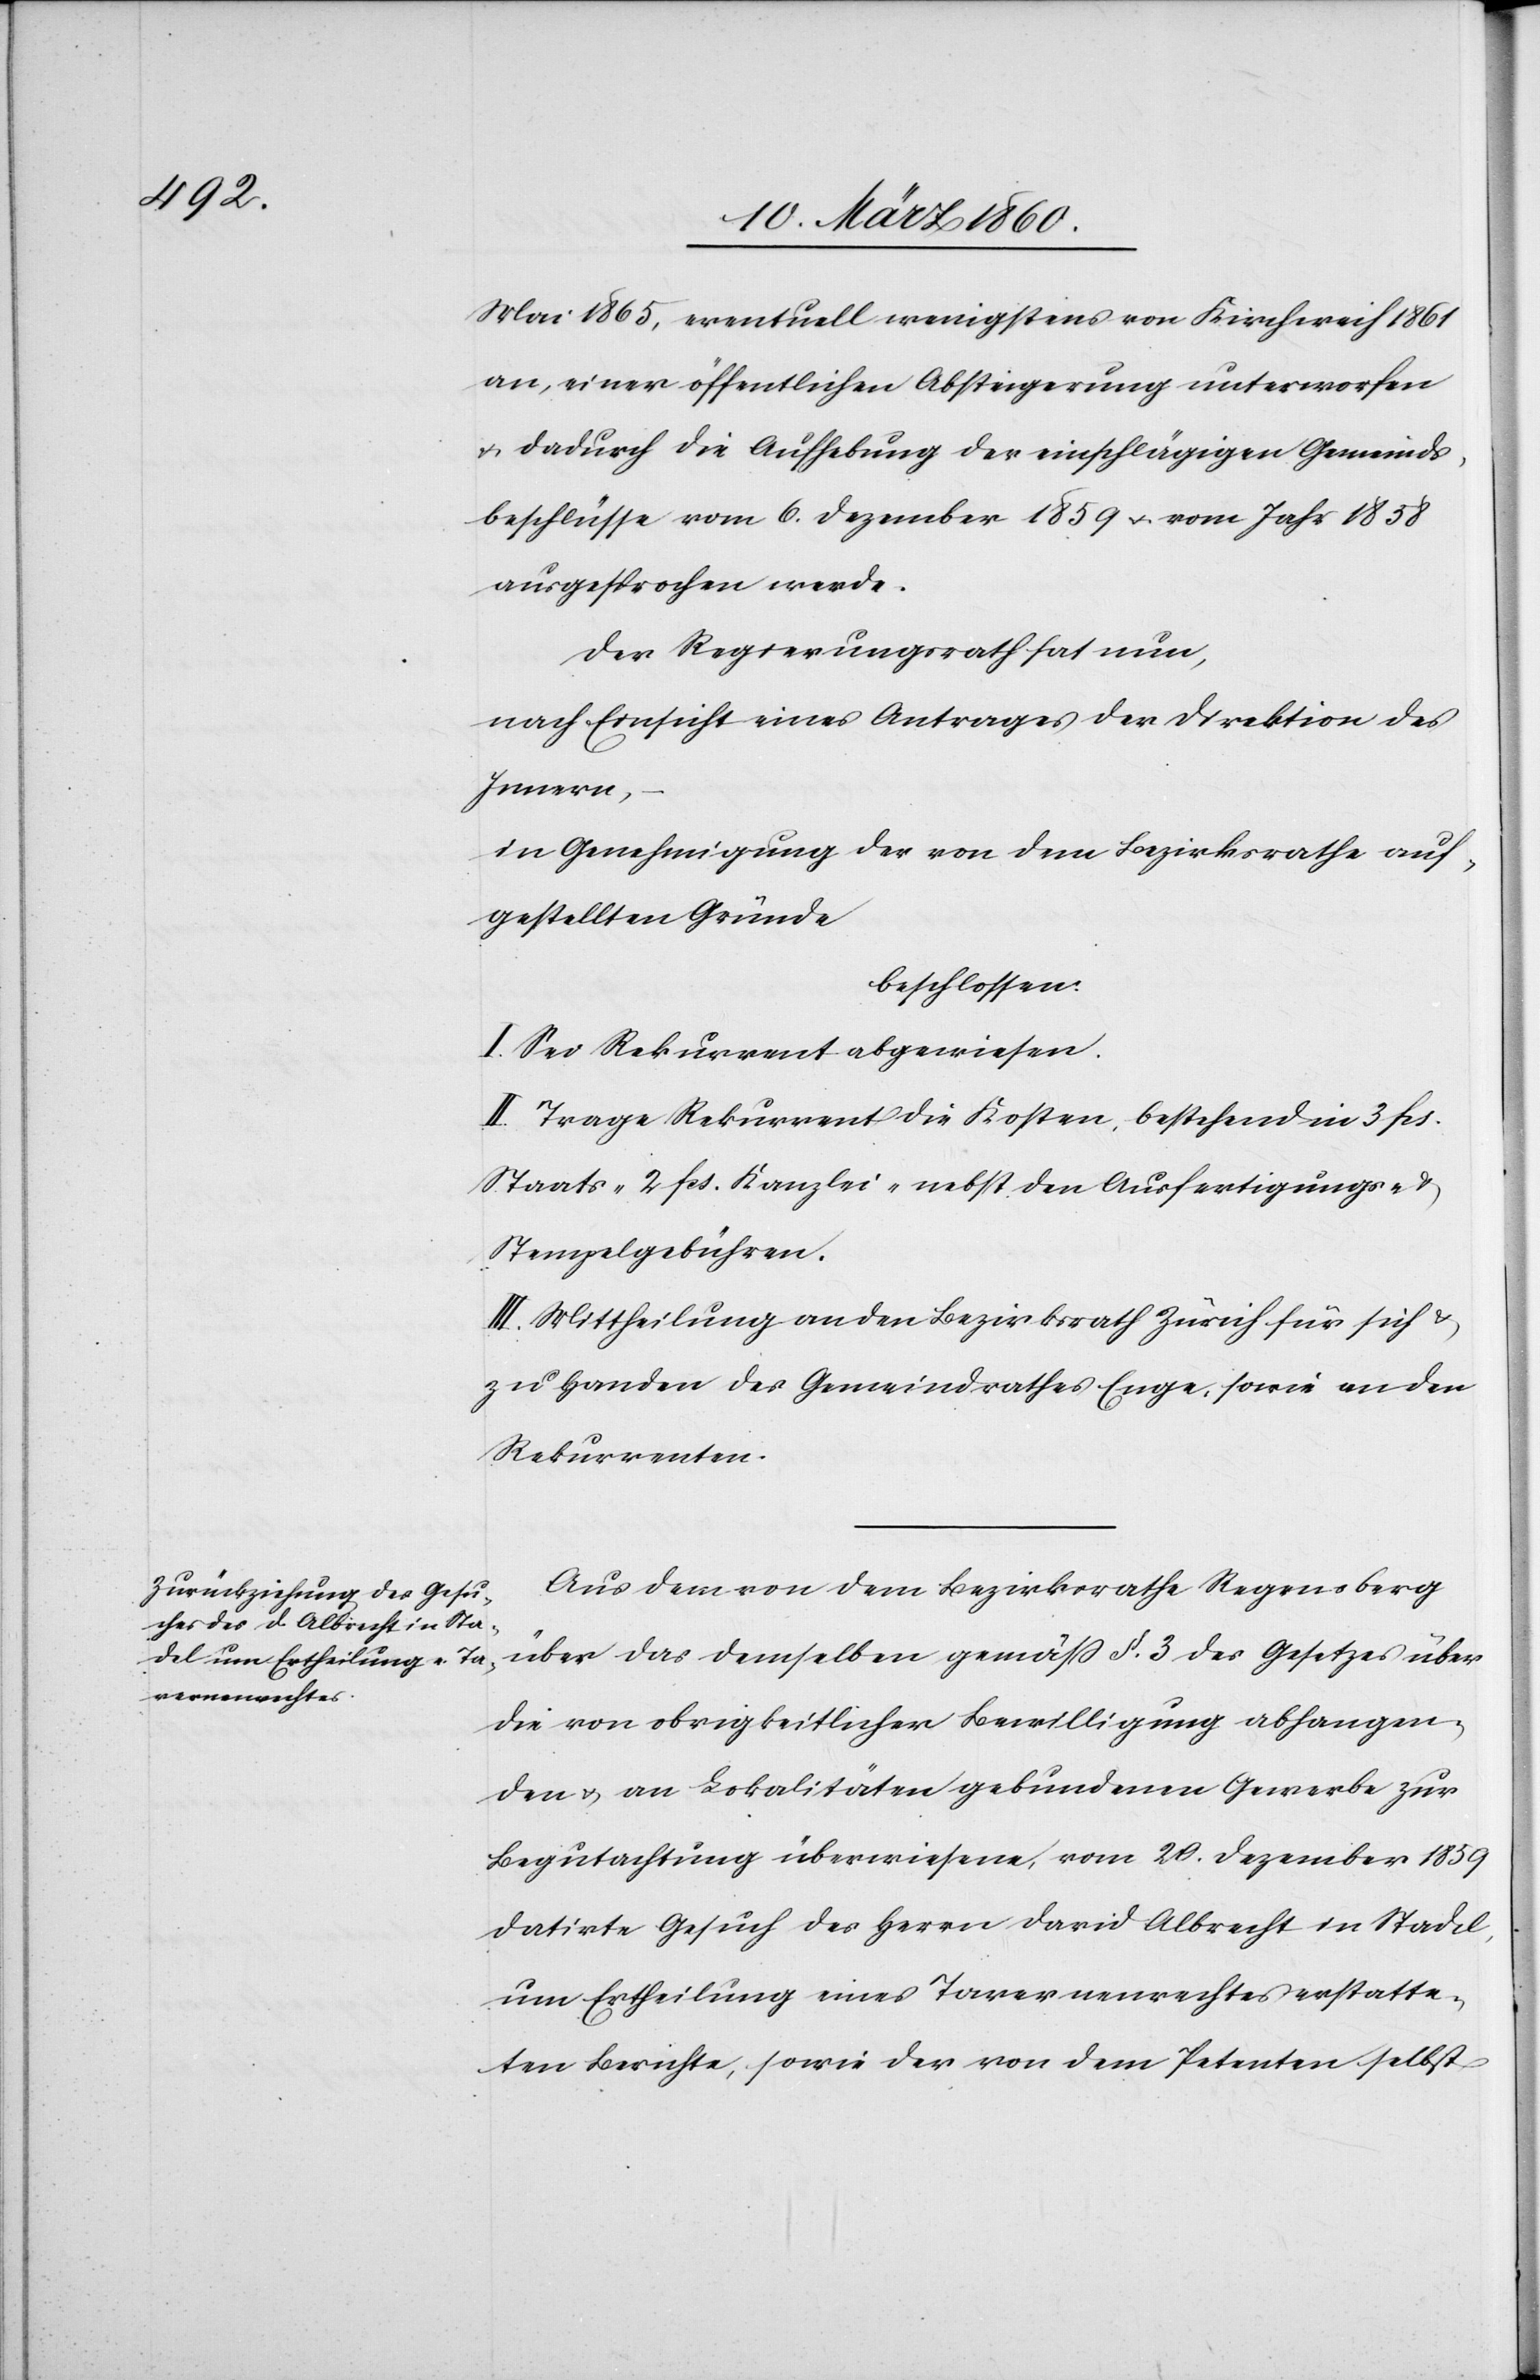
Mai 1865, eventuell wenigstens von Kirchweih 1861
an, einer öffentlichen Absteigerung unterworfen
u. durch die Aufhebung der einschlägigen Gemeinds¬
beschlüsse vom 6. Dezember 1859 u. vom Jahr 1858
ausgesprochen werde.
Der Regierungsrath hat nun,
nach Einsicht eines Antrages der Direktion des
Innern,
in Genehmigung der von dem Bezirksrathe auf¬
gestellten Gründe
beschlossen:
I. Sei Rekurrent abgewiesen.
II. Trage Rekurrent die Kosten, bestehend in 3 fcs.
Staats- 2 fcs. Kanzlei- nebst den Ausfertigungs- u.
Stempelgebühren.
III. Mittheilung an den Bezirksrath Zürich für sich u.
zu Handen des Gemeindrathes Enge, sowie an den
Rekurrenten.
Aus dem von dem Bezirksrathe Regensberg
über das demselben gemäss §. 3. des Gesetzes über
die von obrigkeitlicher Bewilligung abhangen¬
den u. an Lokalitäten gebundenen Gewerbe zur
Begutachtung überwiesene, vom 20. Dezember 1859
datirte Gesuch des Herrn David Albrecht in Stadel,
um Ertheilung eines Tavernenrechtes erstatte¬
ten Berichte, sowie der von dem Petenten selbst